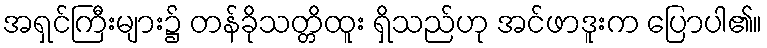
အရှင်ကြီးများ၌ တန်ခိုသတ္တိထူး ရှိသည်ဟု အင်ဖာဒူးက ပြောပါ၏။